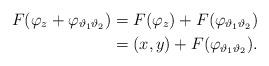
LaTeX: \begin{align*}F(\varphi_z + \varphi_{\vartheta_1\vartheta_2}) &= F(\varphi_z) + F(\varphi_{\vartheta_1\vartheta_2})\\ & = (x, y) + F(\varphi_{\vartheta_1\vartheta_2}).\end{align*}